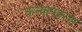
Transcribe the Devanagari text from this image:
कन्यापहरण